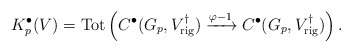
\begin{align*}K_p^{\bullet}(V)=\mathrm{Tot} \left (C^{\bullet}(G_p,V^{\dagger}_{\mathrm{rig}}) \xrightarrow{\varphi-1}C^{\bullet}(G_p,V^{\dagger}_{\mathrm{rig}})\right ).\end{align*}